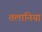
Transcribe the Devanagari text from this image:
तलानिया